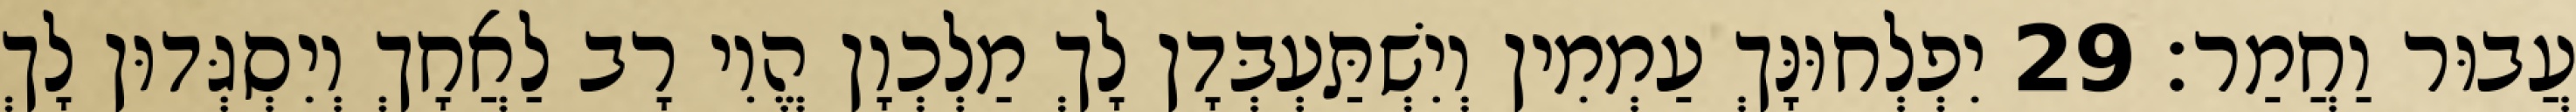
עֲבוּר וַחֲמַר׃ 29 יִפְלְחוּנָּךְ עַמְמִין וְיִשְׁתַּעְבְּדָן לָךְ מַלְכְוָן הֱוִי רָב לַאֲחָךְ וְיִסְגְּדוּן לָךְ